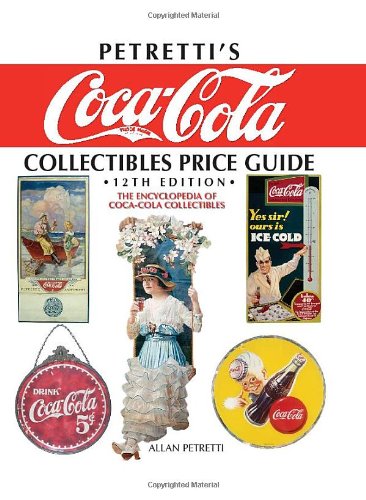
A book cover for Petretti's Coca-Cola Collectibles Price Guide: The Encyclopedia of Coca-Cola Collectibles, 12th; Allan Petretti; Humor & Entertainment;